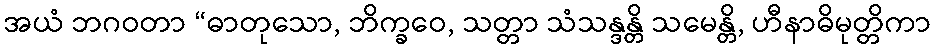
အယံ ဘဂဝတာ “ဓာတုသော, ဘိက္ခဝေ, သတ္တာ သံသန္ဒန္တိ သမေန္တိ, ဟီနာဓိမုတ္တိကာ